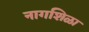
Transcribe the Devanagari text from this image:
नागशिळा